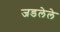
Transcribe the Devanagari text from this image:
जडलेले